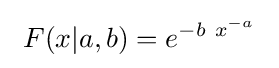
\ F(x|a,b)=e^{-b\ x^{-a}}~